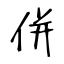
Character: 併